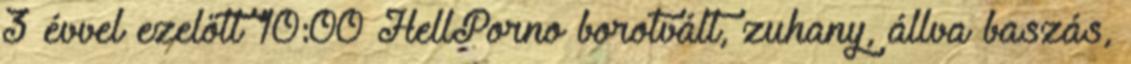
3 évvel ezelőtt 10:00 HellPorno borotvált, zuhany, állva baszás,